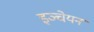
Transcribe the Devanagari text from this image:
इञ्चेयन